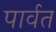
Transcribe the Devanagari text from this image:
पार्वत